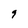
Character: 9